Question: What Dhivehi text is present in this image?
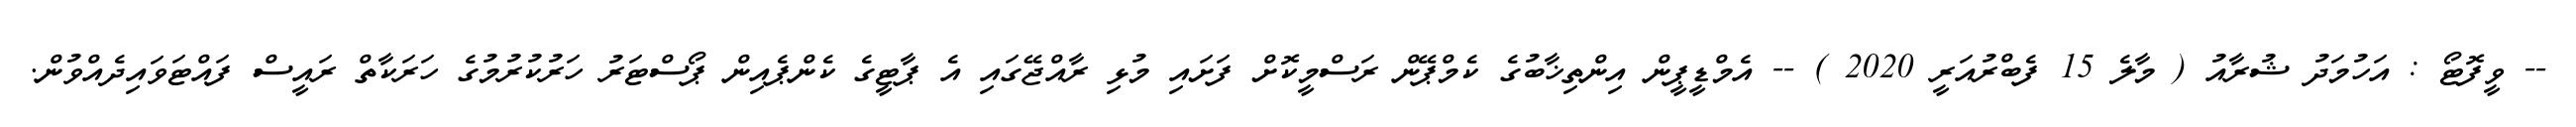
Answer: -- ވީފޮޓޯ : އަހުމަދު ޝުރާއު ( މާލެ 15 ފެބްރުއަރީ 2020 ) -- އެމްޑީޕީން އިންތިޚާބުގެ ކެމްޕޭން ރަސްމީކޮށް ފަށައި މުޅި ރާއްޖޭގައި އެ ޕާޓީގެ ކެންޕެއިން ޕޯސްޓަރު ހަރުކުރުމުގެ ހަރަކާތް ރައީސް ފައްޓަވައިދެއްވުން.